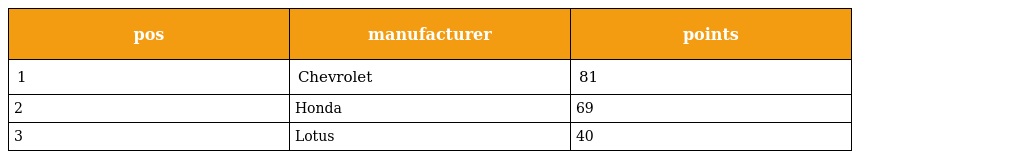
| pos | manufacturer | points |
 | --- | --- | --- |
 | 1 | Chevrolet | 81 |
 | 2 | Honda | 69 |
 | 3 | Lotus | 40 |